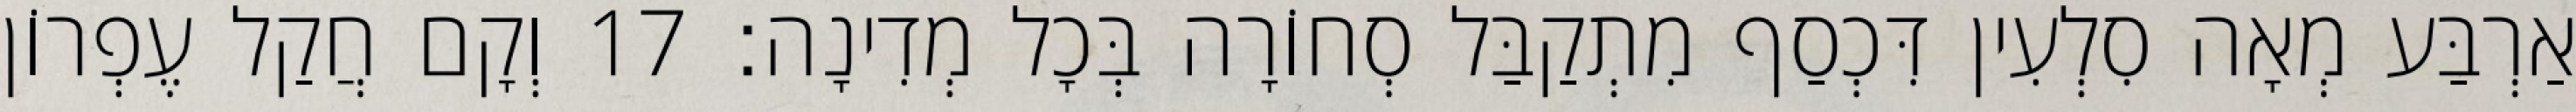
אַרְבַּע מְאָה סִלְעִין דִּכְסַף מִתְקַבַּל סְחוֹרָה בְּכָל מְדִינָה׃ 17 וְקָם חֲקַל עֶפְרוֹן